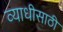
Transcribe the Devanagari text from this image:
व्याधीसाठी